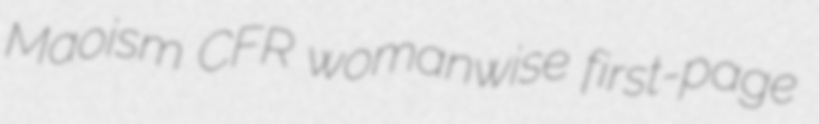
Maoism CFR womanwise first-page